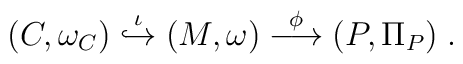
(C,\omega_C)\stackrel{\iota}{\hookrightarrow}(M,\omega)\stackrel{\phi}{\longrightarrow} (P,\Pi_P) \; .